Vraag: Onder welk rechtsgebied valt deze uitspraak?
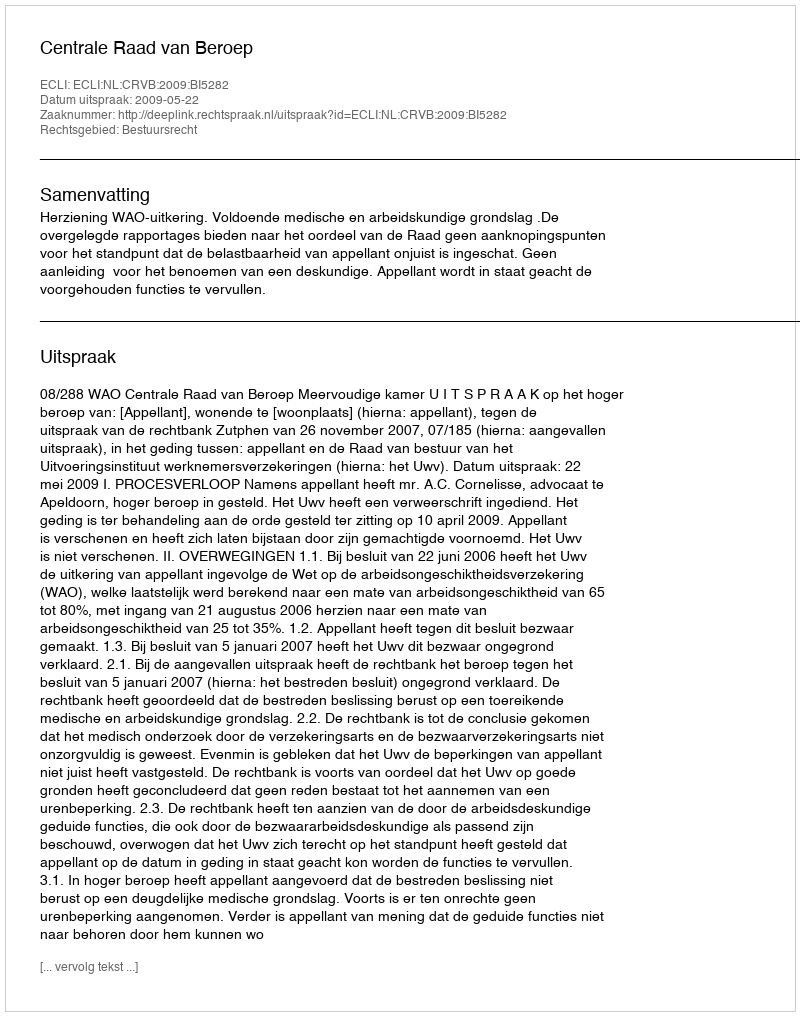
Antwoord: Bestuursrecht